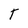
Character: T